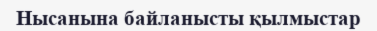
Нысанына байланысты қылмыстар